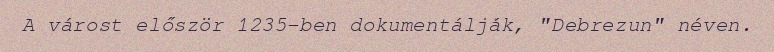
A várost először 1235-ben dokumentálják, "Debrezun" néven.